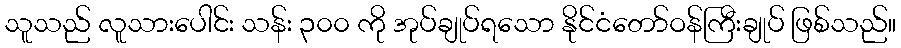
သူသည် လူသားပေါင်း သန်း ၃၀၀ ကို အုပ်ချုပ်ရသော နိုင်ငံတော်ဝန်ကြီးချုပ် ဖြစ်သည်။